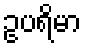
ဥပရိမာ